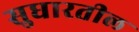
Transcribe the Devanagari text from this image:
सुधारतील